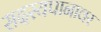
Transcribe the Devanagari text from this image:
सदस्यपानावर